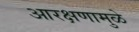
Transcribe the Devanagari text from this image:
आरक्षणामुळे